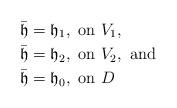
LaTeX: \begin{align*} \bar{\mathfrak{h}} &= \mathfrak{h}_1, \textrm{ on } V_1, \\\bar{\mathfrak{h}} &=\mathfrak{h}_2,\textrm{ on }V_2, \textrm{ and}\\\bar{\mathfrak{h}} &=\mathfrak{h}_0, \textrm{ on } D\end{align*}